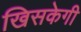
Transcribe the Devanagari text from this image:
खिसकेगी